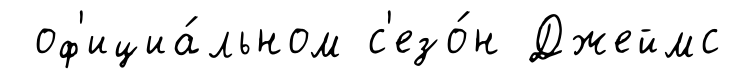
оф'ициа́льном с'езо́н Джеймс